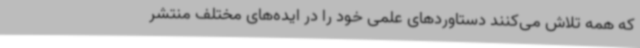
که همه تلاش می‌کنند دستاوردهای علمی خود را در ایده‌های مختلف منتشر